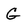
Character: G